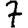
Digit: 7